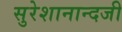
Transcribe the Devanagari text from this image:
सुरेशानान्दजी